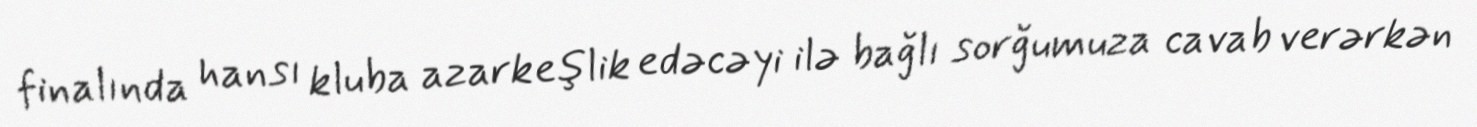
finalında hansı kluba azarkeşlik edəcəyi ilə bağlı sorğumuza cavab verərkən